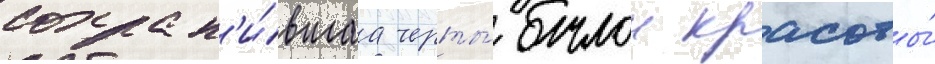
сохран'и́вшаа черты́ былои красоты́